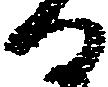
る